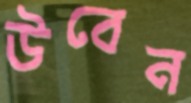
উবেন